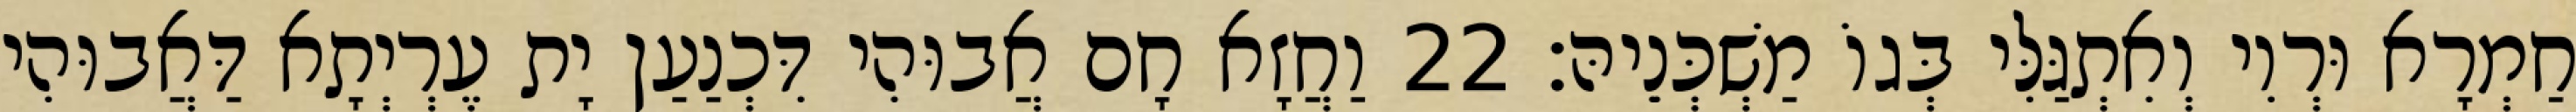
חַמְרָא וּרְוִי וְאִתְגַּלִּי בְּגוֹ מַשְׁכְּנֵיהּ׃ 22 וַחֲזָא חָם אֲבוּהִי דִּכְנַעַן יָת עֶרְיְתָא דַּאֲבוּהִי